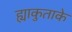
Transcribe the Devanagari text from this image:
ह्याकुताके